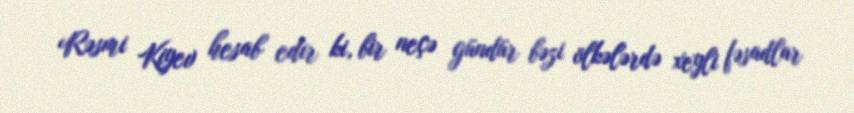
Rəsmi Kiyev hesab edir ki, bir neçə gündür bəzi ölkələrdə xeyli fəsadlar